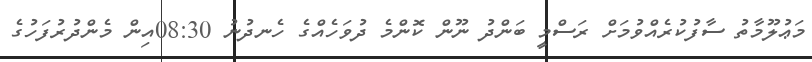
މަޢުލޫމާތު ސާފުކުރެއްވުމަށް ރަސްމީ ބަންދު ނޫން ކޮންމެ ދުވަހެއްގެ ހެނދުނު 08:30އިން މެންދުރުފަހުގެ